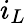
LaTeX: i_{L}